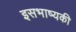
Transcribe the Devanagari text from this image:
इसभाष्यकी